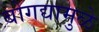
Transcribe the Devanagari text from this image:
बोगद्यामुळे